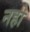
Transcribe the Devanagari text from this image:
नहो